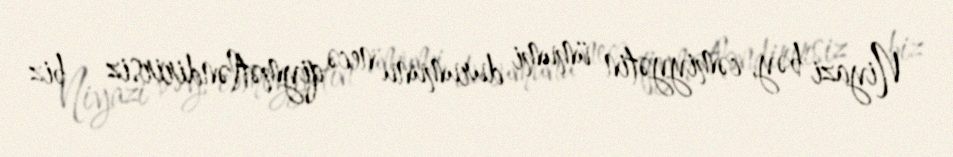
- Niyazi bəy, cəmiyyətin ümumi durumunu necə qiymətləndirirsiz – biz